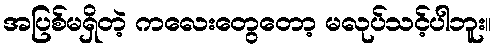
အပြစ်မရှိတဲ့ ကလေးတွေတော့ မလုပ်သင့်ပါဘူး။